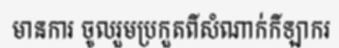
មានការ ចូលរួមប្រកួតពីសំណាក់កីឡាករ